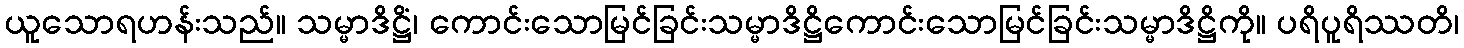
ယူသောရဟန်းသည်။ သမ္မာဒိဋ္ဌိံ၊ ကောင်းသောမြင်ခြင်းသမ္မာဒိဋ္ဌိကောင်းသောမြင်ခြင်းသမ္မာဒိဋ္ဌိကို။ ပရိပူရိဿတိ၊